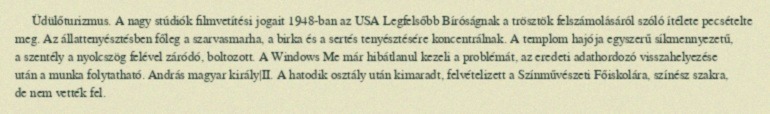
Üdülőturizmus. A nagy stúdiók filmvetítési jogait 1948-ban az USA Legfelsőbb Bíróságnak a trösztök felszámolásáról szóló ítélete pecsételte meg. Az állattenyésztésben főleg a szarvasmarha, a birka és a sertés tenyésztésére koncentrálnak. A templom hajója egyszerű síkmennyezetű, a szentély a nyolcszög felével záródó, boltozott. A Windows Me már hibátlanul kezeli a problémát, az eredeti adathordozó visszahelyezése után a munka folytatható. András magyar király|II. A hatodik osztály után kimaradt, felvételizett a Színművészeti Főiskolára, színész szakra, de nem vették fel.